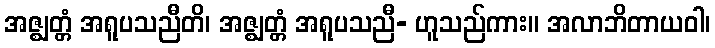
အဇ္ဈတ္တံ အရူပသညီတိ၊ အဇ္ဈတ္တံ အရူပသညီ- ဟူသည်ကား။ အလာဘိတာယဝါ၊